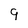
Character: 9